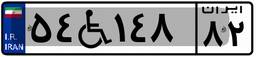
۰۶W۳۰۰۲۲